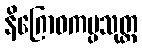
နိဂြောဓကပ္ပသုတ္တ